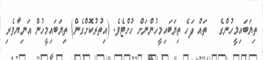
ތިޔަބައިމީހުންގެ   ތައް ފަހެ ތިޔަބައިމީހުންނަށް ހުށްޓެވެ. (އިތުރުކޮށްގެން) ތިޔަބައިމީހުން އަނިޔާވެރި